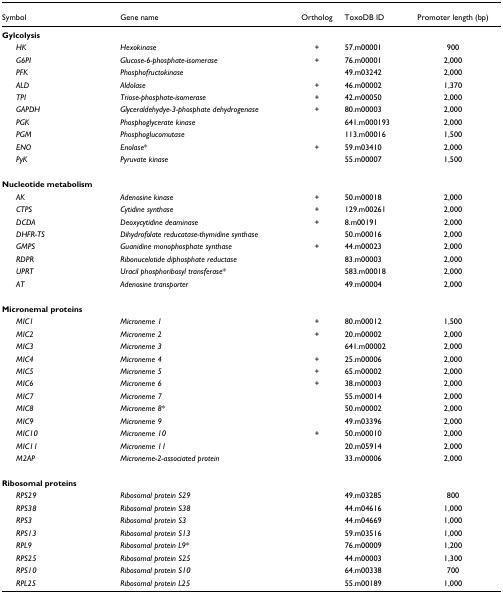
<table><thead><tr><td><b>Symbol</b></td><td><b>Gene name</b></td><td><b>Ortholog</b></td><td><b>ToxoDB ID</b></td><td><b>Promoter length (bp)</b></td></tr></thead><tbody><tr><td><b>Gylcolysis</b></td><td></td><td></td><td></td><td></td></tr><tr><td> <i>HK</i></td><td><i>Hexokinase</i></td><td>+</td><td>57.m00001</td><td>900</td></tr><tr><td> <i>G6PI</i></td><td><i>Glucose-6-phosphate-isomerase</i></td><td>+</td><td>76.m00001</td><td>2,000</td></tr><tr><td> <i>PFK</i></td><td><i>Phosphofructokinase</i></td><td></td><td>49.m03242</td><td>2,000</td></tr><tr><td> <i>ALD</i></td><td><i>Aldolase</i></td><td>+</td><td>46.m00002</td><td>1,370</td></tr><tr><td> <i>TPI</i></td><td><i>Triose-phosphate-isomerase</i></td><td>+</td><td>42.m00050</td><td>2,000</td></tr><tr><td> <i>GAPDH</i></td><td><i>Glyceraldehydye-3-phosphate dehydrogenase</i></td><td>+</td><td>80.m00003</td><td>2,000</td></tr><tr><td> <i>PGK</i></td><td><i>Phosphoglycerate kinase</i></td><td></td><td>641.m000193</td><td>2,000</td></tr><tr><td> <i>PGM</i></td><td><i>Phosphoglucomutase</i></td><td></td><td>113.m00016</td><td>1,500</td></tr><tr><td> <i>ENO</i></td><td><i>Enolase</i>*</td><td>+</td><td>59.m03410</td><td>2,000</td></tr><tr><td> <i>PyK</i></td><td><i>Pyruvate kinase</i></td><td></td><td>55.m00007</td><td>1,500</td></tr><tr><td><b>Nucleotide metabolism</b></td><td></td><td></td><td></td><td></td></tr><tr><td> <i>AK</i></td><td><i>Adenosine kinase</i></td><td>+</td><td>50.m00018</td><td>2,000</td></tr><tr><td> <i>CTPS</i></td><td><i>Cytidine synthase</i></td><td>+</td><td>129.m00261</td><td>2,000</td></tr><tr><td> <i>DCDA</i></td><td><i>Deoxycytidine deaminase</i></td><td>+</td><td>8.m00191</td><td>2,000</td></tr><tr><td> <i>DHFR-TS</i></td><td><i>Dihydrofolate reducatase-thymidine synthase</i></td><td></td><td>50.m00016</td><td>2,000</td></tr><tr><td> <i>GMPS</i></td><td><i>Guanidine monophosphate synthase</i></td><td>+</td><td>44.m00023</td><td>2,000</td></tr><tr><td> <i>RDPR</i></td><td><i>Ribonucelotide diphosphate reductase</i></td><td></td><td>83.m00003</td><td>2,000</td></tr><tr><td> <i>UPRT</i></td><td><i>Uracil phosphoribosyl transferase</i>*</td><td></td><td>583.m00018</td><td>2,000</td></tr><tr><td> <i>AT</i></td><td><i>Adenosine transporter</i></td><td></td><td>49.m00004</td><td>2,000</td></tr><tr><td><b>Micronemal proteins</b></td><td></td><td></td><td></td><td></td></tr><tr><td> <i>MIC1</i></td><td><i>Microneme 1</i></td><td>+</td><td>80.m00012</td><td>1,500</td></tr><tr><td> <i>MIC2</i></td><td><i>Microneme 2</i></td><td>+</td><td>20.m00002</td><td>2,000</td></tr><tr><td> <i>MIC3</i></td><td><i>Microneme 3</i></td><td></td><td>641.m00002</td><td>2,000</td></tr><tr><td> <i>MIC4</i></td><td><i>Microneme 4</i></td><td>+</td><td>25.m00006</td><td>2,000</td></tr><tr><td> <i>MIC5</i></td><td><i>Microneme 5</i></td><td>+</td><td>65.m00002</td><td>2,000</td></tr><tr><td> <i>MIC6</i></td><td><i>Microneme 6</i></td><td>+</td><td>38.m00003</td><td>2,000</td></tr><tr><td> <i>MIC7</i></td><td><i>Microneme 7</i></td><td></td><td>55.m00014</td><td>2,000</td></tr><tr><td> <i>MIC8</i></td><td><i>Microneme 8</i>*</td><td></td><td>50.m00002</td><td>2,000</td></tr><tr><td> <i>MIC9</i></td><td><i>Microneme 9</i></td><td></td><td>49.m03396</td><td>2,000</td></tr><tr><td> <i>MIC10</i></td><td><i>Microneme 10</i></td><td>+</td><td>50.m00010</td><td>2,000</td></tr><tr><td> <i>MIC11</i></td><td><i>Microneme 11</i></td><td></td><td>20.m05914</td><td>2,000</td></tr><tr><td> <i>M2AP</i></td><td><i>Microneme-2-associated protein</i></td><td></td><td>33.m00006</td><td>2,000</td></tr><tr><td><b>Ribosomal proteins</b></td><td></td><td></td><td></td><td></td></tr><tr><td> <i>RPS29</i></td><td><i>Ribosomal protein S29</i></td><td></td><td>49.m03285</td><td>800</td></tr><tr><td> <i>RPS38</i></td><td><i>Ribosomal protein S38</i></td><td></td><td>44.m04616</td><td>1,000</td></tr><tr><td> <i>RPS3</i></td><td><i>Ribosomal protein S3</i></td><td></td><td>44.m04669</td><td>1,000</td></tr><tr><td> <i>RPS13</i></td><td><i>Ribosomal protein S13</i></td><td></td><td>59.m03516</td><td>1,000</td></tr><tr><td> <i>RPL9</i></td><td><i>Ribosomal protein L9</i>*</td><td></td><td>76.m00009</td><td>1,200</td></tr><tr><td> <i>RPS25</i></td><td><i>Ribosomal protein S25</i></td><td></td><td>44.m00003</td><td>1,300</td></tr><tr><td> <i>RPS10</i></td><td><i>Ribosomal protein S10</i></td><td></td><td>64.m00338</td><td>700</td></tr><tr><td> <i>RPL25</i></td><td><i>Ribosomal protein L25</i></td><td></td><td>55.m00189</td><td>1,000</td></tr></tbody></table>